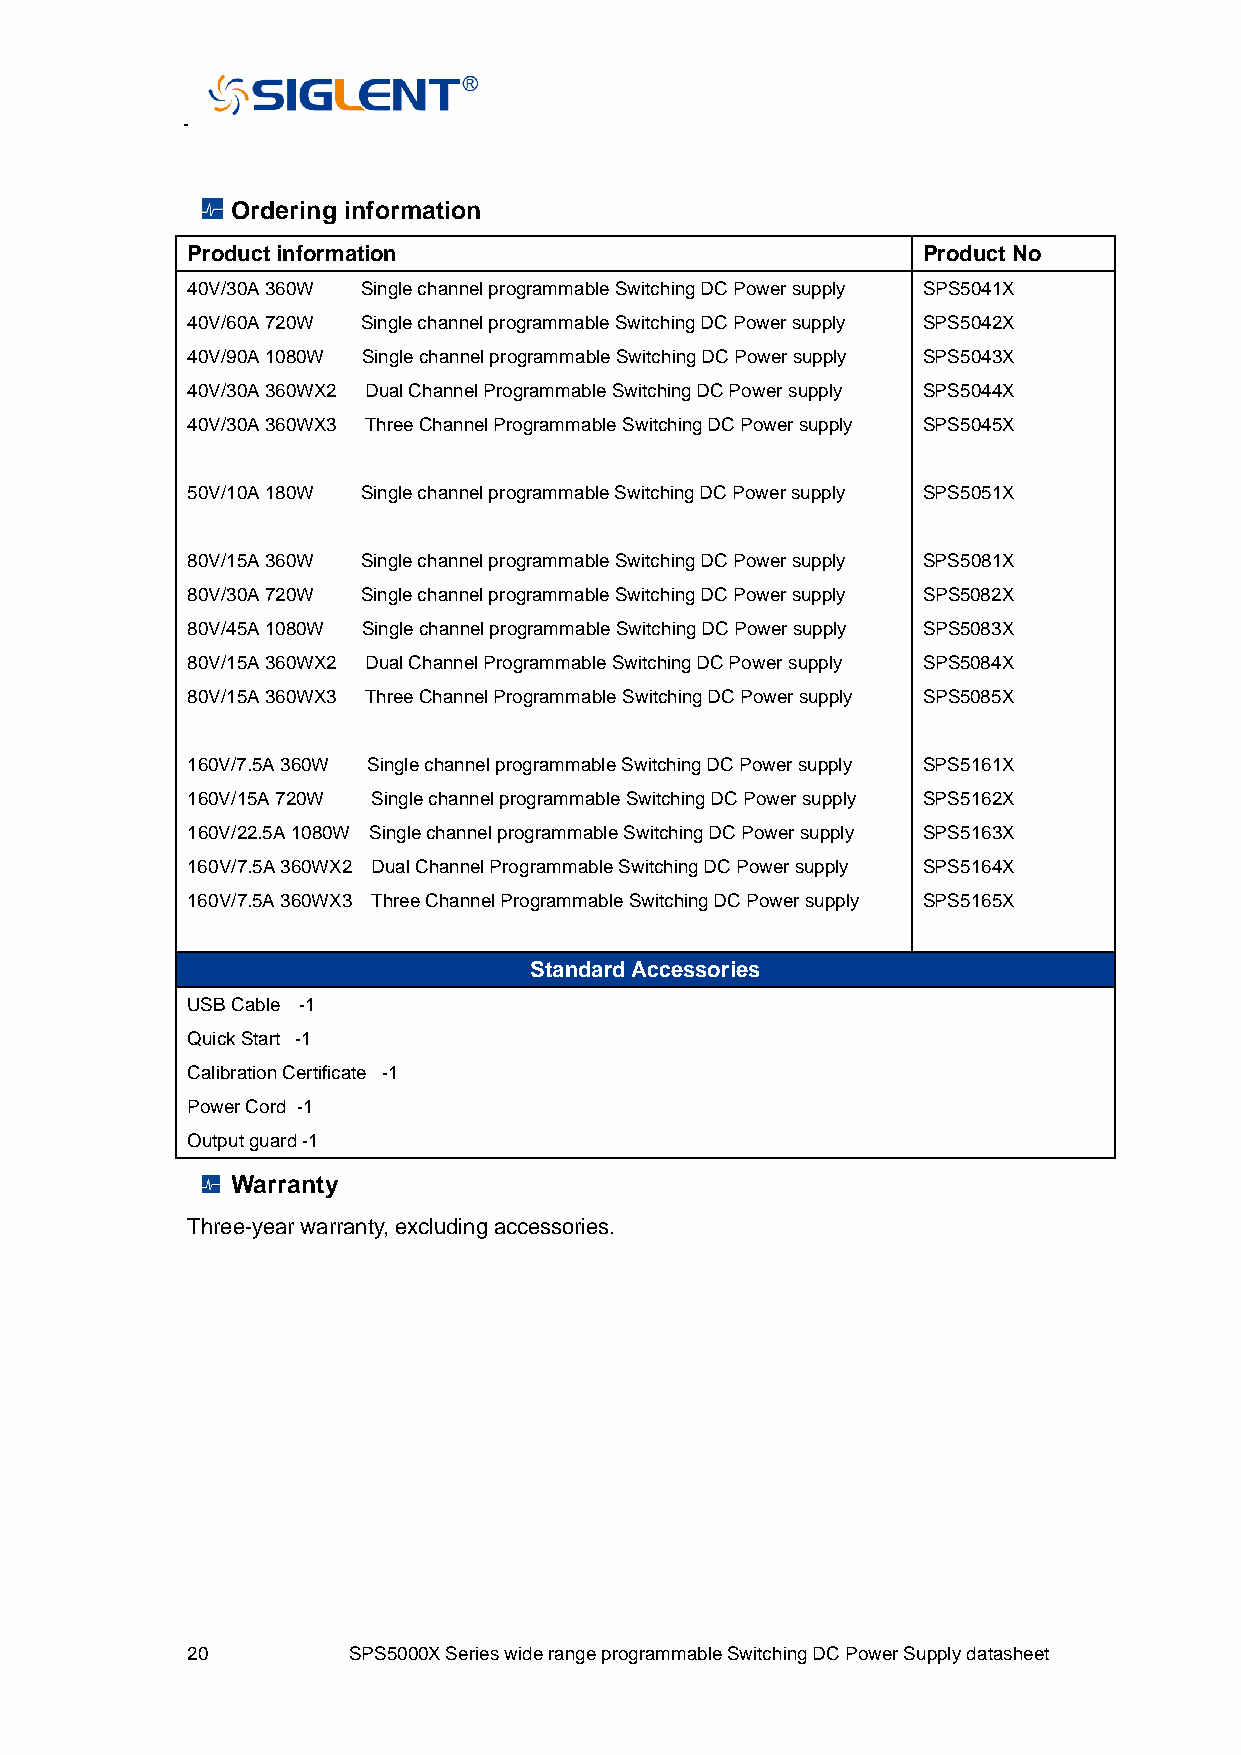
Ordering information
 Product information                              Product No
 40V/30A 360W Single channel programmable Switching DC Power supply SPS5041X
 40V/60A 720W Single channel programmable Switching DC Power supply SPS5042X
 40V/90A 1080W Single channel programmable Switching DC Power supply SPS5043X
 40V/30A 360WX2 Dual Channel Programmable Switching DC Power supply SPS5044X
 40V/30A 360WX3 Three Channel Programmable Switching DC Power supply SPS5045X
 50V/10A 180W Single channel programmable Switching DC Power supply SPS5051X
 80V/15A 360W Single channel programmable Switching DC Power supply SPS5081X
 80V/30A 720W Single channel programmable Switching DC Power supply SPS5082X
 80V/45A 1080W Single channel programmable Switching DC Power supply SPS5083X
 80V/15A 360WX2 Dual Channel Programmable Switching DC Power supply SPS5084X
 80V/15A 360WX3 Three Channel Programmable Switching DC Power supply SPS5085X
 160V/7.5A 360W Single channel programmable Switching DC Power supply SPS5161X
 160V/15A 720W Single channel programmable Switching DC Power supply SPS5162X
 160V/22.5A 1080W Single channel programmable Switching DC Power supply SPS5163X
 160V/7.5A 360WX2 Dual Channel Programmable Switching DC Power supply SPS5164X
 160V/7.5A 360WX3 Three Channel Programmable Switching DC Power supply SPS5165X
 Standard Accessories
 USB Cable -1
 Quick Start -1
 Calibration Certificate -1
 Power Cord -1
 Output guard -1
 Warranty
 Three-year warranty, excluding accessories.
 20         SPS5000X Series wide range programmable Switching DC Power Supply datasheet